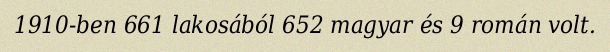
1910-ben 661 lakosából 652 magyar és 9 román volt.